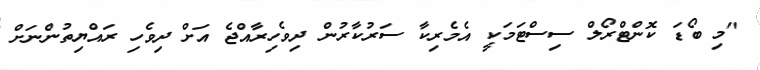
"މި ބޯޑަ ކޮންޓްރޯލް ސިސްޓަމަކީ އެމެރިކާ ސަރުކާރުން ދިވެހިރާއްޖެ އަށް ދިވެހި ރައްޔިތުންނަށް